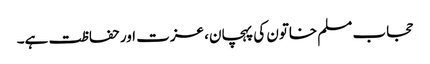
حجاب مسلم خاتون کی پہچان، عزت اور حفاظت ہے۔